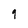
Character: g